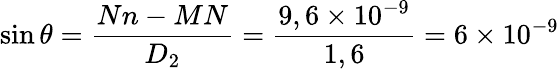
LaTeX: \sin\theta=\frac{Nn-MN}{D_{2}}=\frac{9,6\times 10^{-9}}{1,6}=6\times 10^{-9}